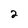
Character: 2